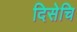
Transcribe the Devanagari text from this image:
दिसेचि